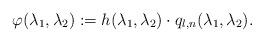
LaTeX: \begin{align*} \varphi(\lambda_1,\lambda_2):=h(\lambda_1,\lambda_2) \cdot q_{l,n}(\lambda_1,\lambda_2). \end{align*}